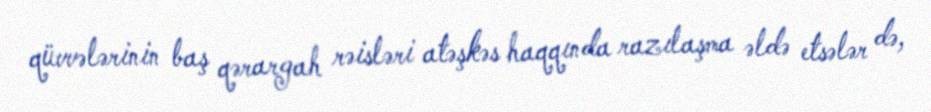
qüvvələrinin baş qərargah rəisləri atəşkəs haqqında razılaşma əldə etsələr də,